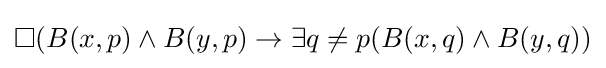
\Box (B(x,p)\land B(y,p)\rightarrow \exists q\neq p(B(x,q)\land B(y,q))